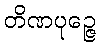
တိဏပုဉ္ဇေ